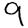
Digit: 9